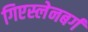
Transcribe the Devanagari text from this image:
गिएस्लेनबर्ग